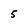
Character: 5